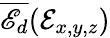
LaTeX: \overline{{\mathscr{E}_{d}}}(\mathcal{E}_{x,y,z})